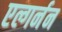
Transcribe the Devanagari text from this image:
एल्गर्नन